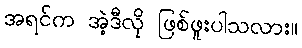
အရင်က အဲ့ဒီလို ဖြစ်ဖူးပါသလား။